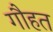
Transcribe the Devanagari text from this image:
गौहत